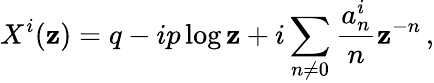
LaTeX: X^{i}(\mathbf{z})=q-ip\log\mathbf{z}+i\sum_{n\neq0}{\frac{{a_{n}^{i}}}{{n}}}\mathbf{z}^{-n}\, ,